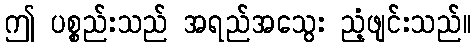
ဤ ပစ္စည်းသည် အရည်အသွေး ညံ့ဖျင်းသည်။